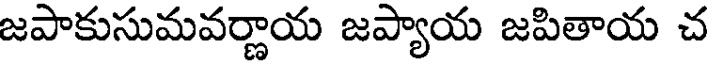
జపాకుసుమవర్ణాయ జప్యాయ జపితాయ చ